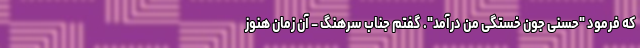
که فرمود "حسنی جون خستگی من درآمد". گفتم جناب سرهنگ – آن زمان هنوز